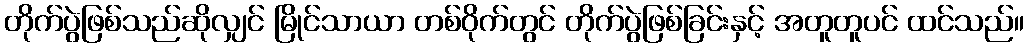
တိုက်ပွဲဖြစ်သည်ဆိုလျှင် မြိုင်သာယာ တစ်ဝိုက်တွင် တိုက်ပွဲဖြစ်ခြင်းနှင့် အတူတူပင် ထင်သည်။